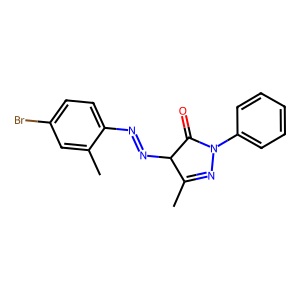
SMILES: CC1=NN(c2ccccc2)C(=O)C1N=Nc1ccc(Br)cc1C
Inhibits HIV replication: No